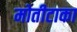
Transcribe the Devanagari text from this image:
मोतीटाका